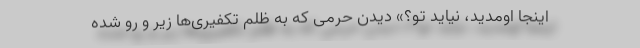
اینجا اومدید، نیاید تو؟» دیدن حرمی که به ظلم تکفیری‌ها زیر و رو شده